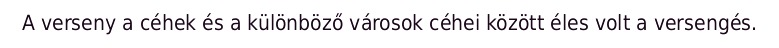
A verseny a céhek és a különböző városok céhei között éles volt a versengés.